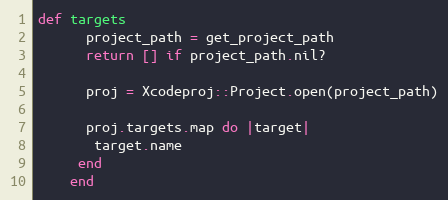
Language: Ruby
def targets
      project_path = get_project_path
      return [] if project_path.nil?

      proj = Xcodeproj::Project.open(project_path)

      proj.targets.map do |target|
       target.name
     end
    end